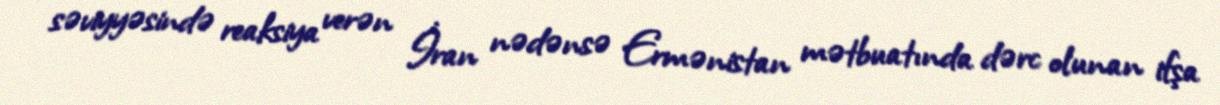
səviyyəsində reaksiya verən İran nədənsə Ermənistan mətbuatında dərc olunan ifşa